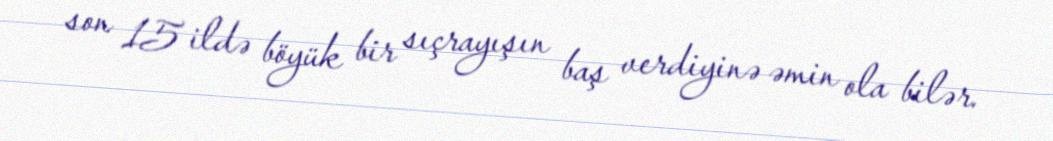
son 15 ildə böyük bir sıçrayışın baş verdiyinə əmin ola bilər.